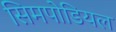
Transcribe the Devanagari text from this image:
सिमपोडियल